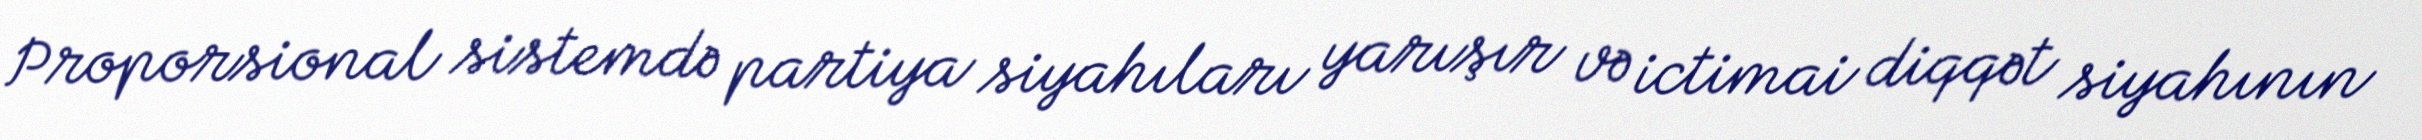
Proporsional sistemdə partiya siyahıları yarışır və ictimai diqqət siyahının